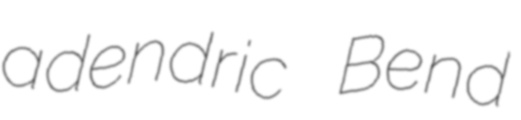
adendric Bend